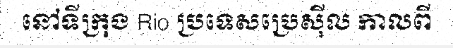
នៅទីក្រុង Rio ប្រទេសប្រេស៊ីល កាលពី